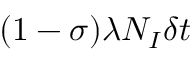
( 1 - \sigma ) \lambda N _ { I } \delta t